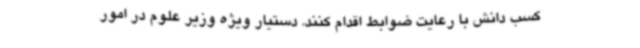
کسب دانش با رعایت ضوابط اقدام کنند. دستیار ویژه وزیر علوم در امور